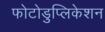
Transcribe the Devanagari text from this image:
फोटोडुप्लिकेशन